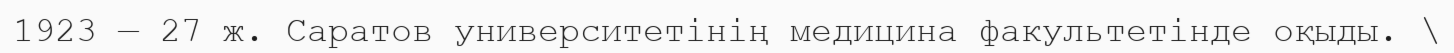
1923 — 27 ж. Саратов университетінің медицина факультетінде оқыды. \